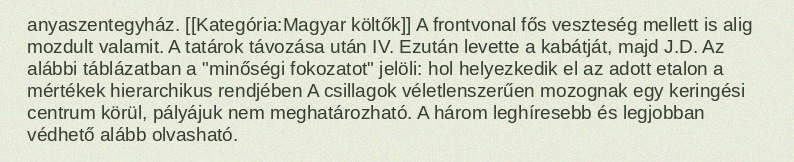
anyaszentegyház. [[Kategória:Magyar költők]] A frontvonal fős veszteség mellett is alig mozdult valamit. A tatárok távozása után IV. Ezután levette a kabátját, majd J.D. Az alábbi táblázatban a "minőségi fokozatot" jelöli: hol helyezkedik el az adott etalon a mértékek hierarchikus rendjében A csillagok véletlenszerűen mozognak egy keringési centrum körül, pályájuk nem meghatározható. A három leghíresebb és legjobban védhető alább olvasható.